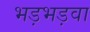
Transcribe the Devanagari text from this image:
भड़भड़वा